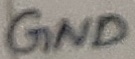
Text: GND